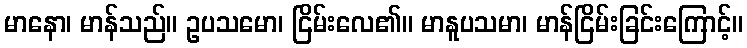
မာနော၊ မာန်သည်။ ဥပသမော၊ ငြိမ်းလေ၏။ မာနူပသမာ၊ မာန်ငြိမ်းခြင်းကြောင့်။